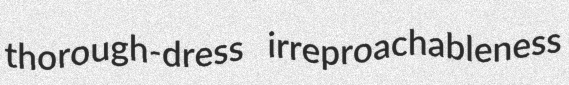
thorough-dress irreproachableness